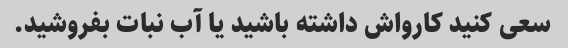
سعی کنید کارواش داشته باشید یا آب نبات بفروشید.